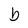
Character: b